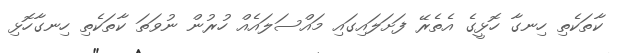
ކާތަކެތި ހިނގާ ހޮޅީގެ އެތެރޭ ފަށަލައިގައި މައްސަލައެއް ހުރުން ނުވަތަ ކާތަކެތި ހިނގާހޮޅި